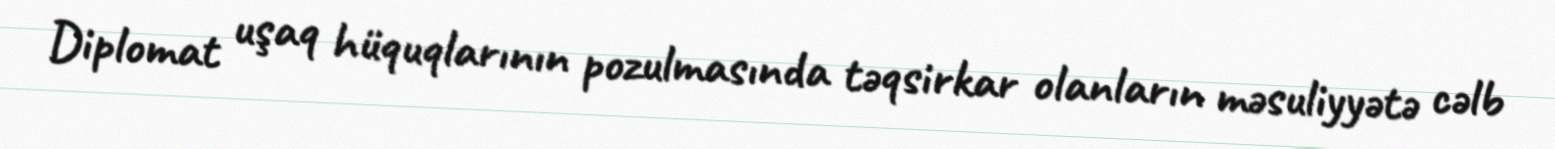
Diplomat uşaq hüquqlarının pozulmasında təqsirkar olanların məsuliyyətə cəlb